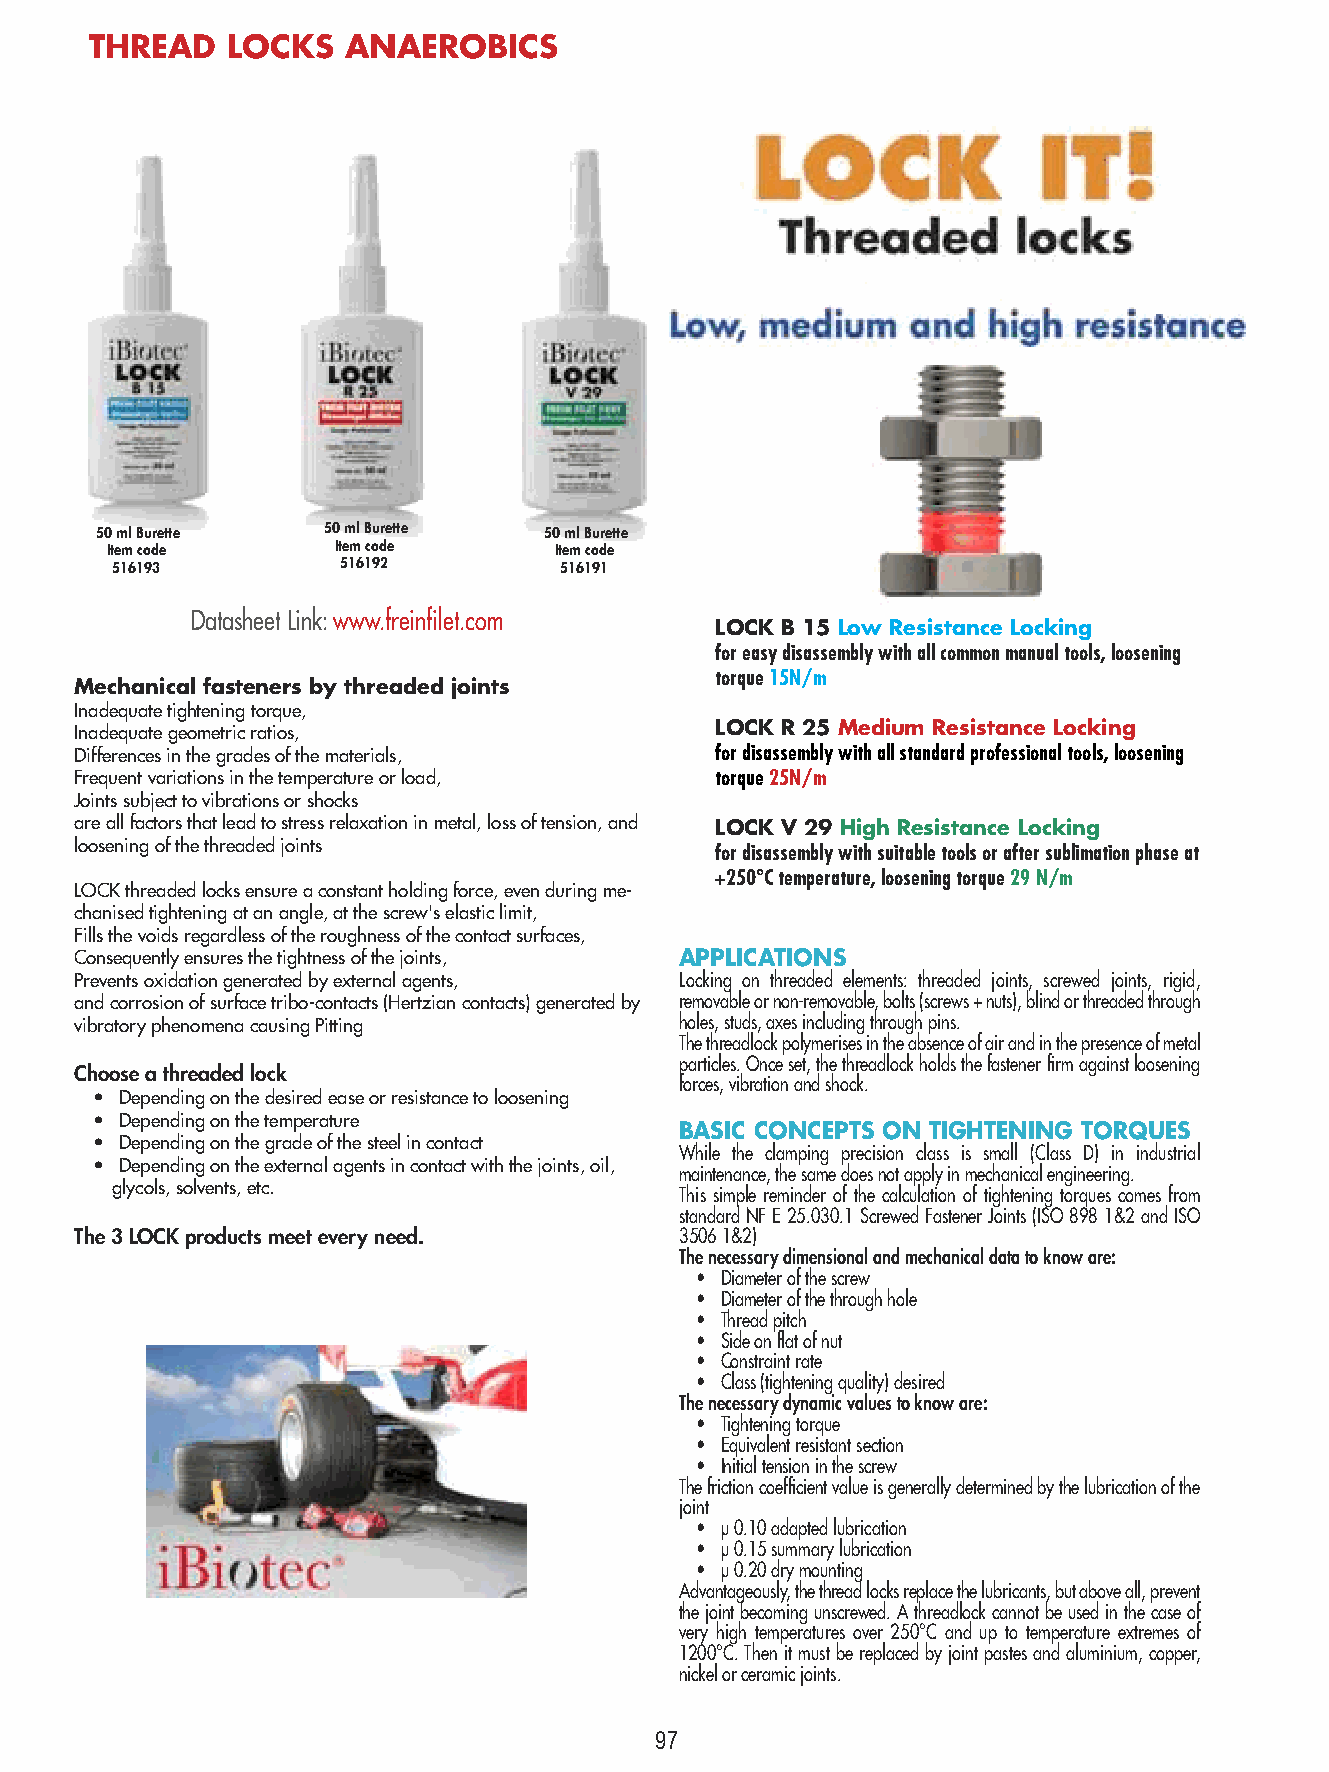
THREAD   LOCKS   ANAEROBICS
 50 ml Burette   50 ml Burette 50 ml Burette
 Item code      Item code      Item code
 516193          516192        516191
 Datasheet Link: www.freinfilet.com
 LOCK B 15 Low Resistance Locking
 for easy disassembly with all common manual tools, loosening
 torque 15N/m
 Mechanical fasteners by threaded joints
 Inadequate tightening torque,
 LOCK R 25 Medium Resistance Locking
 Inadequate geometric ratios,
 Differences in the grades of the materials, for disassembly with all standard professional tools, loosening
 Frequent variations in the temperature or load, torque 25N/m
 Joints subject to vibrations or shocks
 are all factors that lead to stress relaxation in metal, loss of tension, and LOCK V 29 High Resistance Locking
 loosening of the threaded joints          for disassembly with suitable tools or after sublimation phase at
 +250°C temperature, loosening torque 29 N/m
 LOCK threaded locks ensure a constant holding force, even during me-
 chanised tightening at an angle, at the screw's elastic limit,
 Fills the voids regardless of the roughness of the contact surfaces,
 Consequently ensures the tightness of the joints, APPLICATIONS
 Prevents oxidation generated by external agents, Locking on threaded elements: threaded joints, screwed joints, rigid,
 and corrosion of surface tribo-contacts (Hertzian contacts) generated by removable or non-removable, bolts (screws + nuts), blind or threaded through
 vibratory phenomena causing Pitting     holes, studs, axes including through pins.
 The threadlock polymerises in the absence of air and in the presence of metal
 particles. Once set, the threadlock holds the fastener firm against loosening
 Choose a threaded lock
 forces, vibration and shock.
 • Depending on the desired ease or resistance to loosening
 • Depending on the temperature
 BASIC CONCEPTS ON TIGHTENING TORQUES
 • Depending on the grade of the steel in contact
 While the clamping precision class is small (Class D) in industrial
 • Depending on the external agents in contact with the joints, oil,
 maintenance, the same does not apply in mechanical engineering.
 glycols, solvents, etc.               This simple reminder of the calculation of tightening torques comes from
 standard NF E 25.030.1 Screwed Fastener Joints (ISO 898 1&2 and ISO
 The 3 LOCK products meet every need.    3506 1&2)
 The necessary dimensional and mechanical data to know are:
 • Diameter of the screw
 • Diameter of the through hole
 • Thread pitch
 • Side on flat of nut
 • Constraint rate
 • Class (tightening quality) desired
 The necessary dynamic values to know are:
 • Tightening torque
 • Equivalent resistant section
 • Initial tension in the screw
 The friction coefficient value is generally determined by the lubrication of the
 joint
 • μ 0.10 adapted lubrication
 • μ 0.15 summary lubrication
 • μ 0.20 dry mounting
 Advantageously, the thread locks replace the lubricants, but above all, prevent
 the joint becoming unscrewed. A threadlock cannot be used in the case of
 very high temperatures over 250°C and up to temperature extremes of
 1200°C. Then it must be replaced by joint pastes and aluminium, copper,
 nickel or ceramic joints.
 97